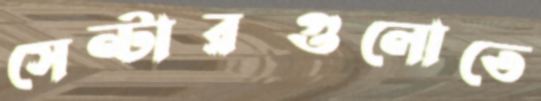
সেন্টারগুলোতে